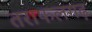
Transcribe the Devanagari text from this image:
तराफलगढ़